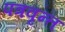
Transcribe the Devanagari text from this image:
पत्रवृन्त